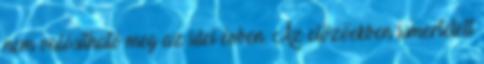
nem valósítható meg az idei évben. Az előzőekben ismertetett